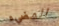
المضيء